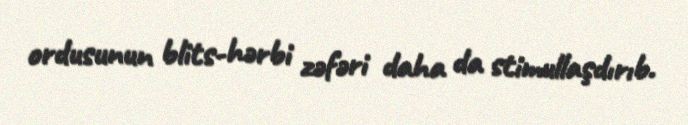
ordusunun blits-hərbi zəfəri daha da stimullaşdırıb.